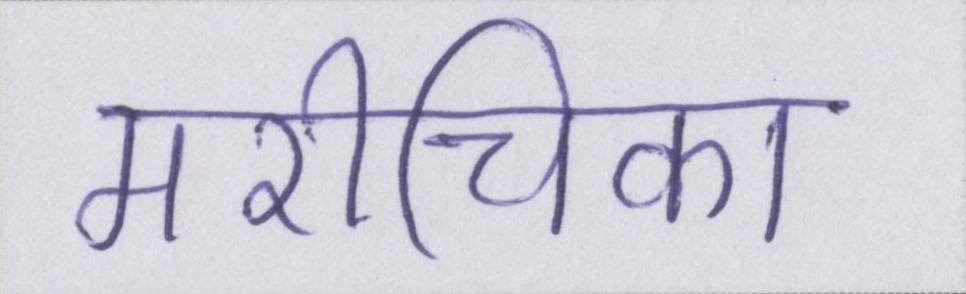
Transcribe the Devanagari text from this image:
मरीचिका